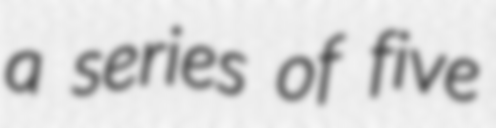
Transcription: a series of five